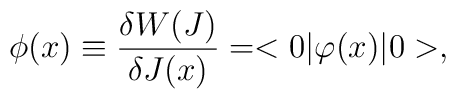
\phi(x) \equiv {\delta W(J) \over \delta J(x)} = <0|\varphi(x)|0>,